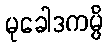
မုခေါဒကမ္ပိ